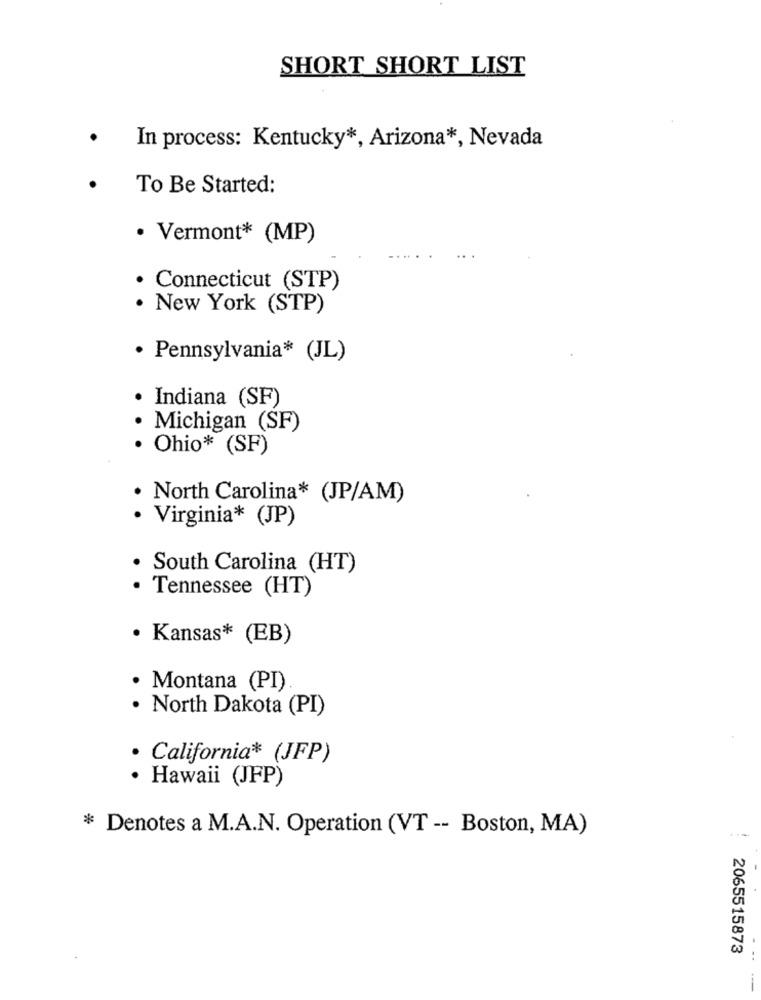
SHORT SHORT LIST
.
In process: Kentucky *, Arizona *, Nevada
To Be Started:
· Vermont* (MP)
· Connecticut (STP)
New York (STP)
· Pennsylvania* (JL)
Indiana (SF)
Michigan (SF)
· Ohio* (SF)
North Carolina* (JP/AM)
· Virginia* (JP)
South Carolina (HT)
· Tennessee (HT)
· Kansas* (EB)
Montana (PI)
North Dakota (PI)
· California* (JFP)
· Hawaii (JFP)
* Denotes a M.A.N. Operation (VT -- Boston, MA)
2065515873
-